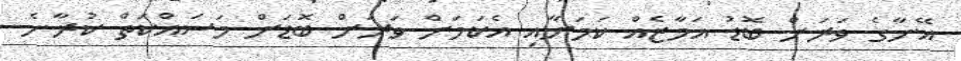
އޭނާގެ ވަރަށް ބޮޑު އަމާޒެއް ކަމަށާއި އެކަމަށް ވަރަށް ބޮޑަށް މަސައްކަތް ކުރާނެ